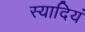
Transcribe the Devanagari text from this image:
स्यादियं